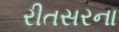
રીતસરના